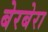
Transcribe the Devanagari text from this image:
बेरबेरा